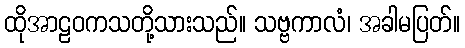
ထိုအာဠဝကသတို့သားသည်။ သဗ္ဗကာလံ၊ အခါမပြတ်။